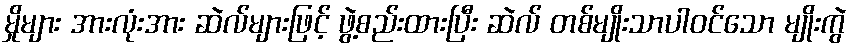
မှိုများ အားလုံးအား ဆဲလ်များဖြင့် ဖွဲ့စည်းထားပြီး ဆဲလ် တစ်မျိုးသာပါဝင်သော မျိုးကွဲ